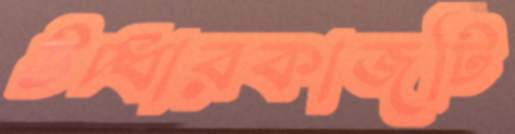
উদ্ধারকাজটি